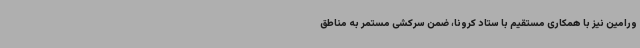
ورامین نیز با همکاری مستقیم با ستاد کرونا، ضمن سرکشی مستمر به مناطق